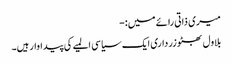
میری ذاتی رائے میں:-
بلاول بھٹو زرداری ایک سیاسی المیے کی پیداوار ہیں۔